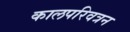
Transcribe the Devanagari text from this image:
कालपरिवत्रन